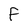
Character: f